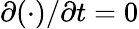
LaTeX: \partial(\cdot)/\partial t=0